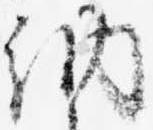
納